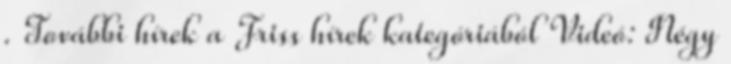
. További hírek a Friss hírek kategóriából Videó: Négy